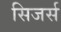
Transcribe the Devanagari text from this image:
सिजर्स